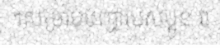
។សម្រាប់បញ្ហារបស់ប្អូន វា